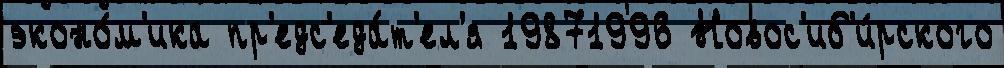
эконо́м'ика пр'едс'еда́т'ел'я 19871996 Новос'иб'и́рского